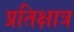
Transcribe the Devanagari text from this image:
प्रतिक्षात्र